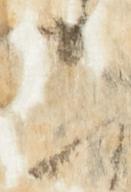
二